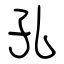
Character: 孔